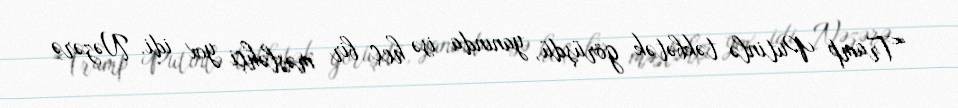
“Tramp Putinlə təkbətək görüşdü, yanında isə heç bir məsləhçi yox idi. Nəzərə